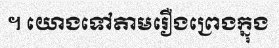
។ យោងទៅតាមរឿងព្រេងក្នុង